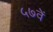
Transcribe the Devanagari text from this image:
५७वें